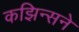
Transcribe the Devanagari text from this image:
कझिन्सने